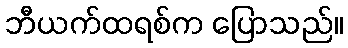
ဘီယက်ထရစ်က ပြောသည်။